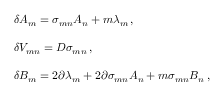
\begin{array} { r c l } { { } } & { { } } & { { \delta A _ { m } = \sigma _ { m n } A _ { n } + m \lambda _ { m } \, , } } \\ { { } } & { { } } & { { } } \\ { { } } & { { } } & { { \delta V _ { m n } = { \cal D } \sigma _ { m n } \, , } } \\ { { } } & { { } } & { { } } \\ { { } } & { { } } & { { \delta B _ { m } = 2 \partial \lambda _ { m } + 2 \partial \sigma _ { m n } A _ { n } + m \sigma _ { m n } B _ { n } \, , } } \end{array}